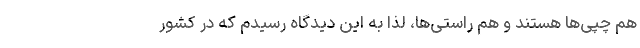
هم چپی‌ها هستند و هم راستی‌ها، لذا به این دیدگاه رسیدم که در کشور